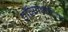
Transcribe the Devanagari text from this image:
ट्रॉञ्जेमेटिक